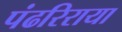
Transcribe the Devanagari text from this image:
पंढरिराया